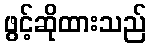
ဖွင့်ဆိုထားသည်